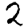
Digit: 2